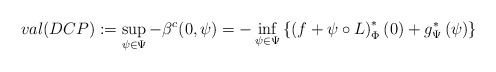
\begin{align*}val (DCP) :=\sup_{\psi\in\Psi} - \beta^c (0,\psi) &=-\inf_{\psi\in\Psi}\left\{ \left(f+\psi\circ L\right)^{*}_\Phi \left(0\right)+g^{*}_\Psi \left(\psi\right) \right\}\end{align*}